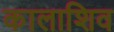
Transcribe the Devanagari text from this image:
कालाशिव